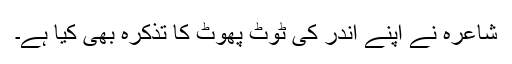
شاعرہ نے اپنے اندر کی ٹوٹ پھوٹ کا تذکرہ بھی کیا ہے۔